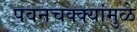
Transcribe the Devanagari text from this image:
पवनचक्‍क्‍यांमुळे